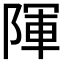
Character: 𮥒